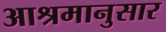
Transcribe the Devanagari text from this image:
आश्रमानुसार